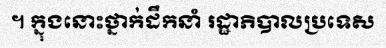
។ ក្នុងនោះថ្នាក់ដឹកនាំ រដ្ឋាភិបាលប្រទេស